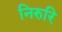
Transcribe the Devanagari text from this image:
निरुरि